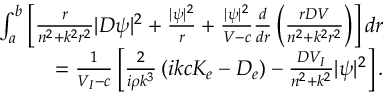
\begin{array} { r } { \int _ { a } ^ { b } \left[ \frac { r } { n ^ { 2 } + k ^ { 2 } r ^ { 2 } } | D \psi | ^ { 2 } + \frac { | \psi | ^ { 2 } } { r } + \frac { | \psi | ^ { 2 } } { V - c } \frac { d } { d r } \left( \frac { r D V } { n ^ { 2 } + k ^ { 2 } r ^ { 2 } } \right) \right] d r } \\ { = \frac { 1 } { V _ { I } - c } \left[ \frac { 2 } { i \rho k ^ { 3 } } \left( i k c K _ { e } - D _ { e } \right) - \frac { D V _ { I } } { n ^ { 2 } + k ^ { 2 } } | \psi | ^ { 2 } \right] . } \end{array}